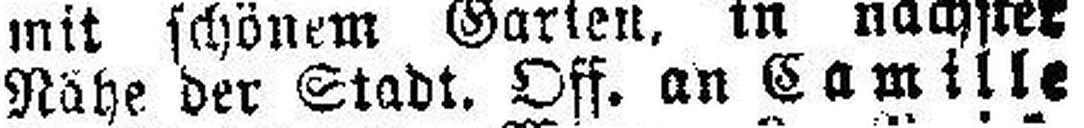
Nähe der Stadt. Off. an Camille